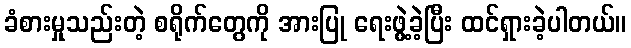
ခံစားမှုသည်းတဲ့ စရိုက်တွေကို အားပြု ရေးဖွဲ့ခဲ့ပြီး ထင်ရှားခဲ့ပါတယ်။